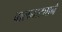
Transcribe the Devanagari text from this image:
बालनाट्याने